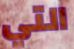
التي